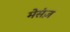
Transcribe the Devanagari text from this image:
मेसंज़